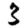
Digit: 3